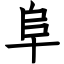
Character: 阜